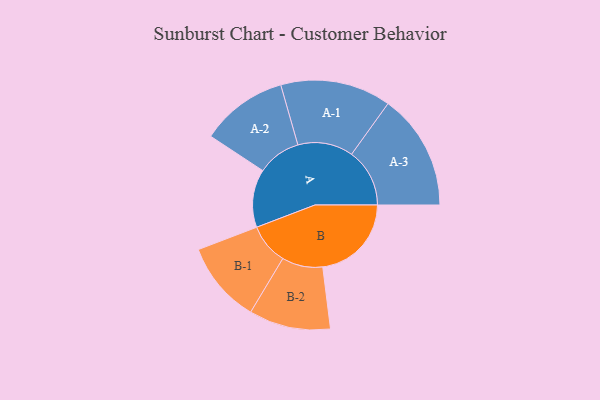
{"axis": {"x": "Segment", "y": "Value"}, "legend": ["", "A", "B"], "data": [{"x": "A", "y": 148, "type": ""}, {"x": "B", "y": 226, "type": ""}, {"x": "A-1", "y": 141, "type": "A"}, {"x": "A-2", "y": 111, "type": "A"}, {"x": "A-3", "y": 148, "type": "A"}, {"x": "B-1", "y": 104, "type": "B"}, {"x": "B-2", "y": 104, "type": "B"}]}